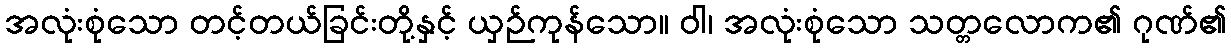
အလုံးစုံသော တင့်တယ်ခြင်းတို့နှင့် ယှဉ်ကုန်သော။ ဝါ၊ အလုံးစုံသော သတ္တလောက၏ ဂုဏ်၏